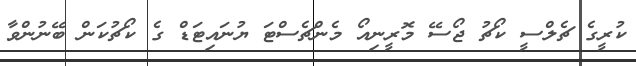
ކުރީގެ ޗެލްސީ ކޯޗު ޖޯސޭ މޮރީނިއޯ މެންޗެސްޓަ ޔުނައިޓަޑް ގެ ކޯޗުކަން ބޭނުންވާ